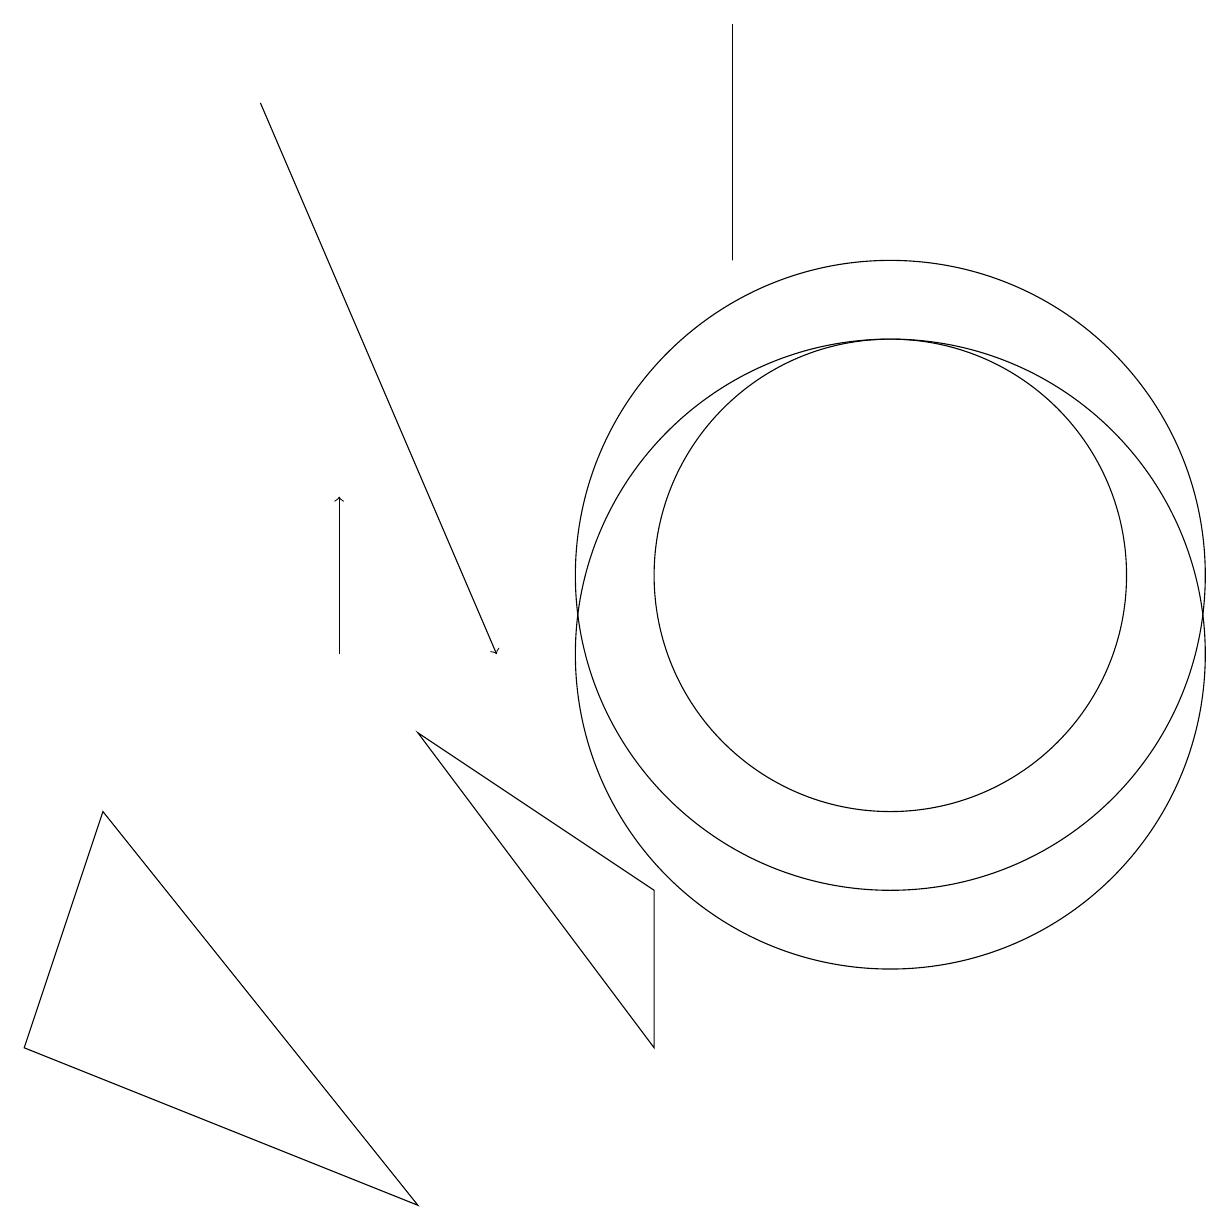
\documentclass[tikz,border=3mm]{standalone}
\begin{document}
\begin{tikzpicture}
\draw (11,10) circle (4);
\draw (1,8) -- (0,5) -- (5,3) -- cycle;
\draw (11,11) circle (4);
\draw (5,9) -- (8,5) -- (8,7) -- cycle;
\draw[->] (3,17) -- (6,10);
\draw (11,11) circle (3);
\draw[->] (4,10) -- (4,12);
\draw (9,15) rectangle (9,18);
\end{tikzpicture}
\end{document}